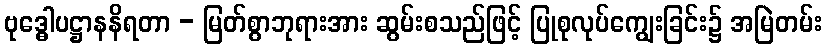
ဗုဒ္ဓေါပဋ္ဌာနနိရတာ - မြတ်စွာဘုရားအား ဆွမ်းစသည်ဖြင့် ပြုစုလုပ်ကျွေးခြင်း၌ အမြဲတမ်း